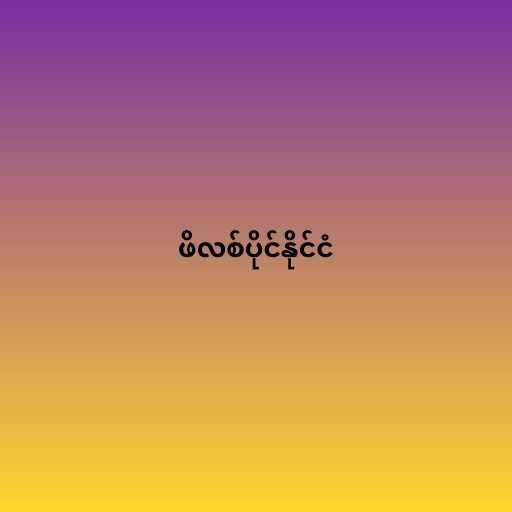
ဖိလစ်ပိုင်နိုင်ငံ